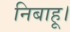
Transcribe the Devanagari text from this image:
निबाहू।